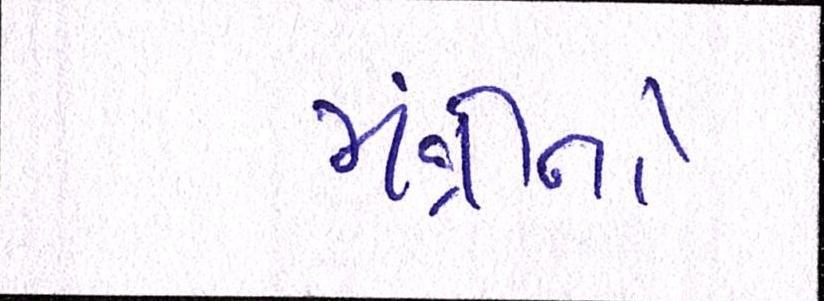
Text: મંત્રીનો